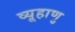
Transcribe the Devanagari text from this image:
व्यूहाणु